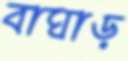
বাঘাড়